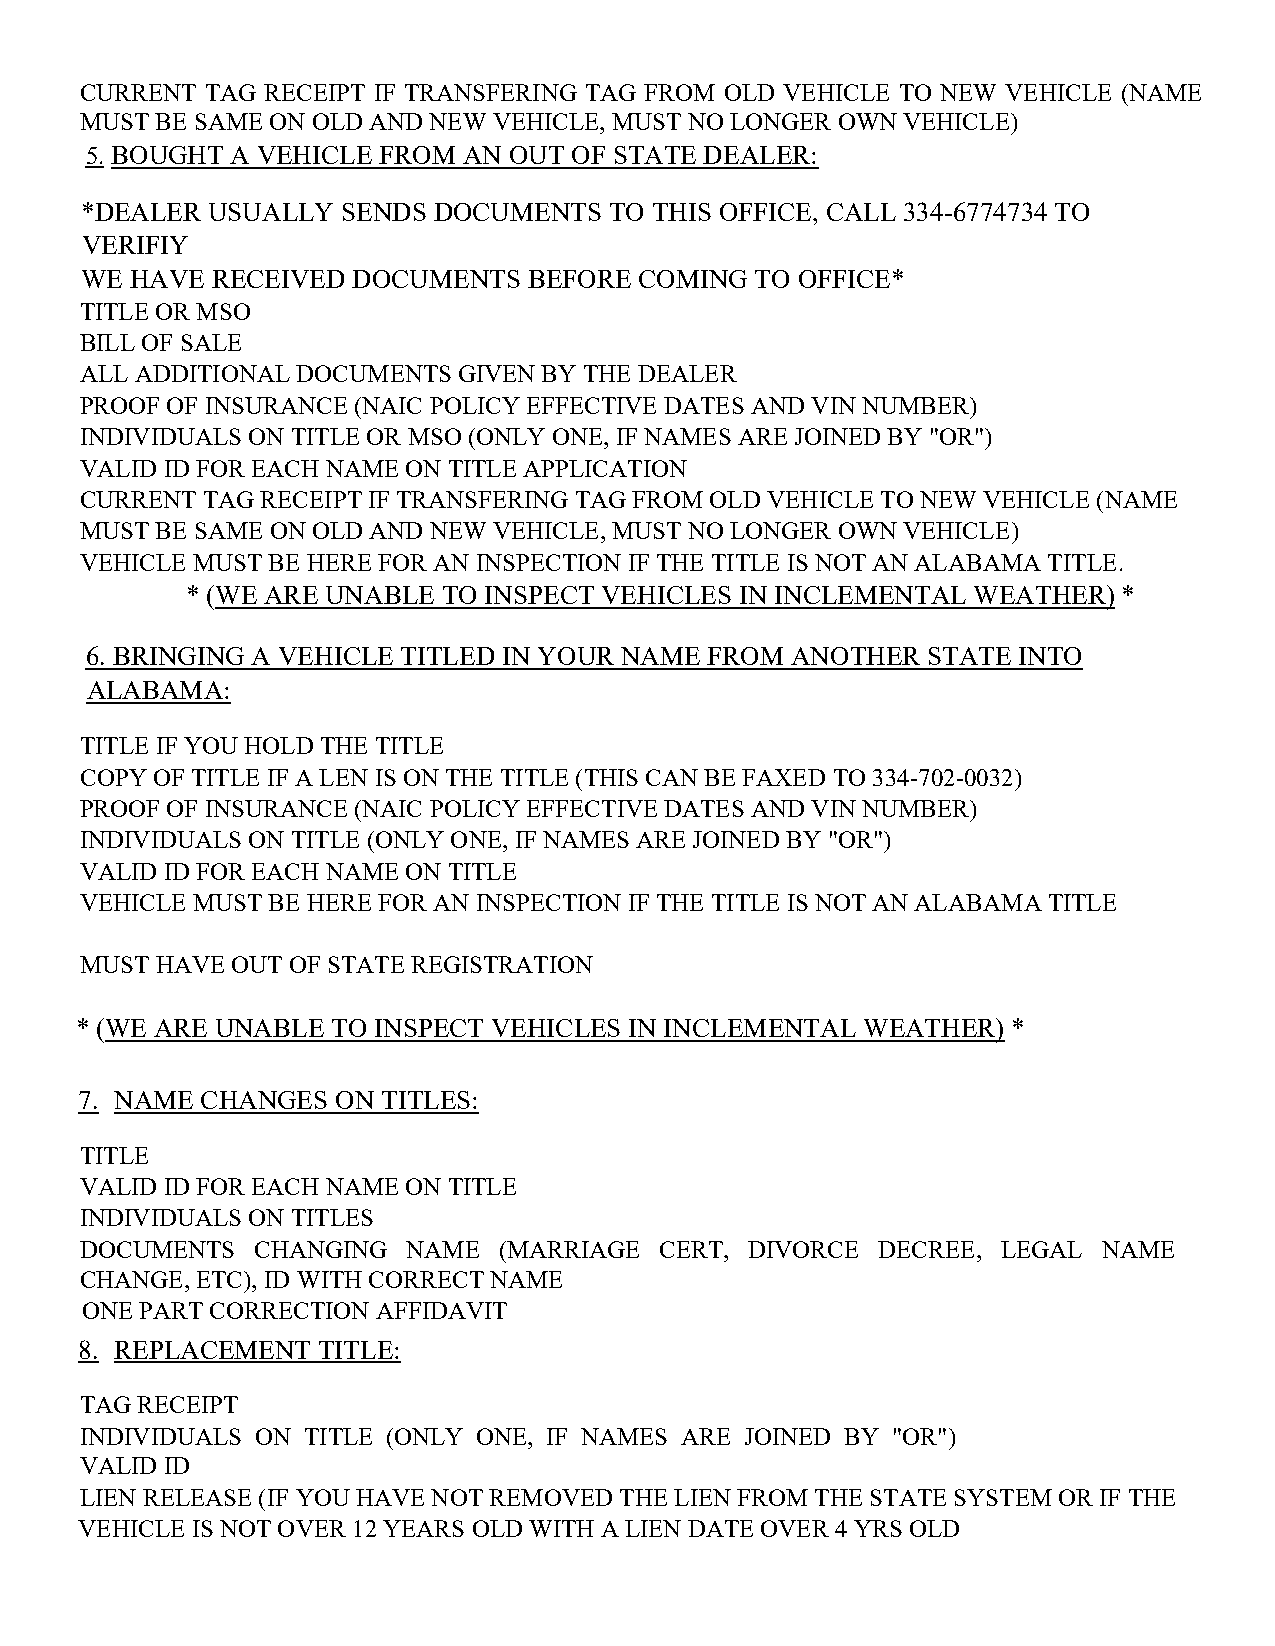
CURRENT  TAG RECEIPT IF TRANSFERING TAG FROM OLD VEHICLE TO NEW VEHICLE (NAME
 MUST BE SAME ON OLD AND NEW VEHICLE, MUST NO LONGER OWN VEHICLE)
 5. BOUGHT A VEHICLE FROM AN OUT OF STATE DEALER:
 *DEALER  USUALLY  SENDS DOCUMENTS  TO THIS OFFICE, CALL 334-6774734 TO
 VERIFIY
 WE  HAVE RECEIVED DOCUMENTS   BEFORE COMING  TO OFFICE*
 TITLE OR MSO
 BILL OF SALE
 ALL ADDITIONAL DOCUMENTS GIVEN BY THE DEALER
 PROOF OF INSURANCE (NAIC POLICY EFFECTIVE DATES AND VIN NUMBER)
 INDIVIDUALS ON TITLE OR MSO (ONLY ONE, IF NAMES ARE JOINED BY "OR")
 VALID ID FOR EACH NAME ON TITLE APPLICATION
 CURRENT TAG RECEIPT IF TRANSFERING TAG FROM OLD VEHICLE TO NEW VEHICLE (NAME
 MUST BE SAME ON OLD AND NEW VEHICLE, MUST NO LONGER OWN VEHICLE)
 VEHICLE MUST BE HERE FOR AN INSPECTION IF THE TITLE IS NOT AN ALABAMA TITLE.
 * (WE ARE UNABLE TO INSPECT VEHICLES IN INCLEMENTAL WEATHER)  *
 6. BRINGING A VEHICLE TITLED IN YOUR NAME FROM ANOTHER STATE INTO
 ALABAMA:
 TITLE IF YOU HOLD THE TITLE
 COPY OF TITLE IF A LEN IS ON THE TITLE (THIS CAN BE FAXED TO 334-702-0032)
 PROOF OF INSURANCE (NAIC POLICY EFFECTIVE DATES AND VIN NUMBER)
 INDIVIDUALS ON TITLE (ONLY ONE, IF NAMES ARE JOINED BY "OR")
 VALID ID FOR EACH NAME ON TITLE
 VEHICLE MUST BE HERE FOR AN INSPECTION IF THE TITLE IS NOT AN ALABAMA TITLE
 MUST HAVE OUT OF STATE REGISTRATION
 * (WE ARE UNABLE TO INSPECT VEHICLES IN INCLEMENTAL WEATHER)  *
 7. NAME CHANGES  ON TITLES:
 TITLE
 VALID ID FOR EACH NAME ON TITLE
 INDIVIDUALS ON TITLES
 DOCUMENTS   CHANGING  NAME  (MARRIAGE  CERT, DIVORCE DECREE, LEGAL  NAME
 CHANGE, ETC), ID WITH CORRECT NAME
 ONE PART CORRECTION AFFIDAVIT
 8. REPLACEMENT  TITLE:
 TAG RECEIPT
 INDIVIDUALS ON TITLE (ONLY ONE, IF NAMES ARE JOINED BY "OR")
 VALID ID
 LIEN RELEASE (IF YOU HAVE NOT REMOVED THE LIEN FROM THE STATE SYSTEM OR IF THE
 VEHICLE IS NOT OVER 12 YEARS OLD WITH A LIEN DATE OVER 4 YRS OLD